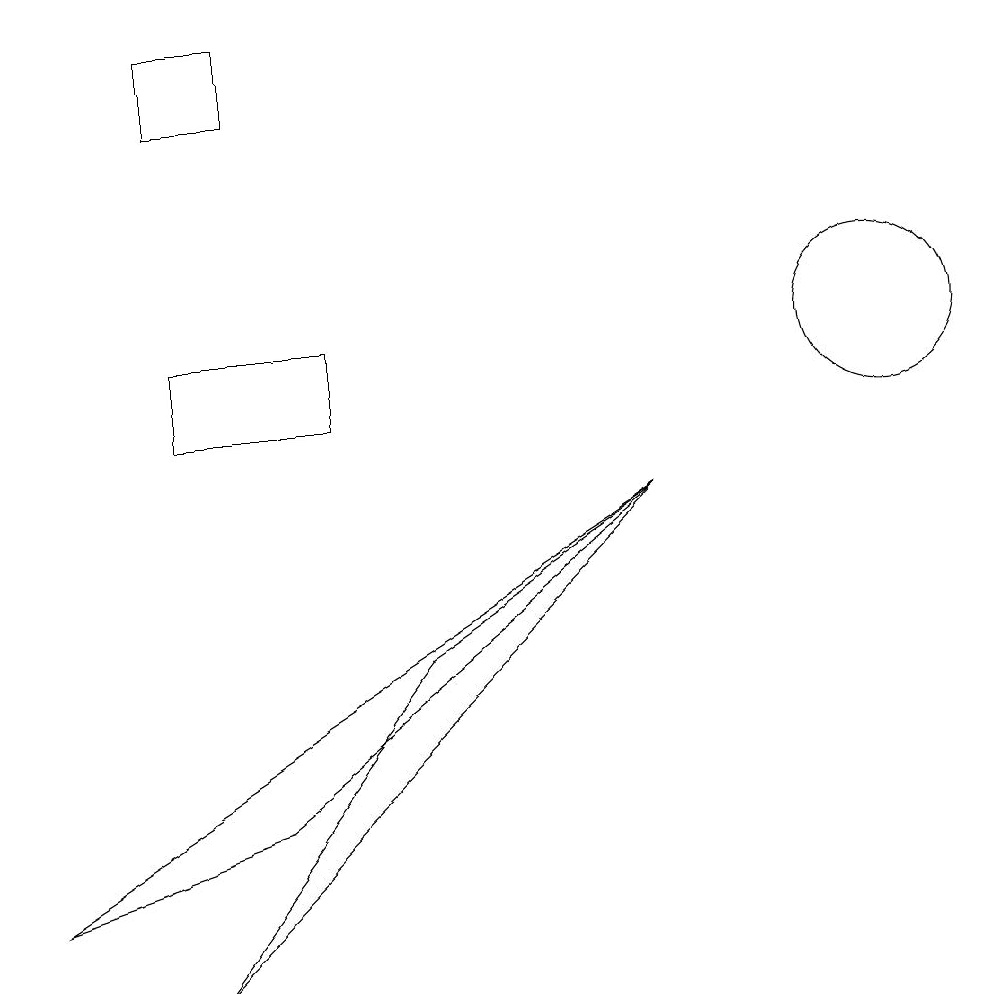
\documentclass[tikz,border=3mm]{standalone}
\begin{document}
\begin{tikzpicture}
\draw (11,11) circle (1);
\draw (3,5) -- (8,9) -- (0,4) -- cycle;
\draw (8,9) -- (2,3) -- (5,7) -- cycle;
\draw (2,15) rectangle (3,14);
\draw (4,11) rectangle (2,10);
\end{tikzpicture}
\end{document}